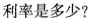
利率是多少?